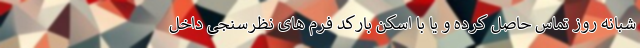
شبانه روز تماس حاصل کرده و یا با اسکن بارکد فرم های نظرسنجی داخل